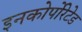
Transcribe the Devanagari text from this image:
इनकोर्पोरेटेड